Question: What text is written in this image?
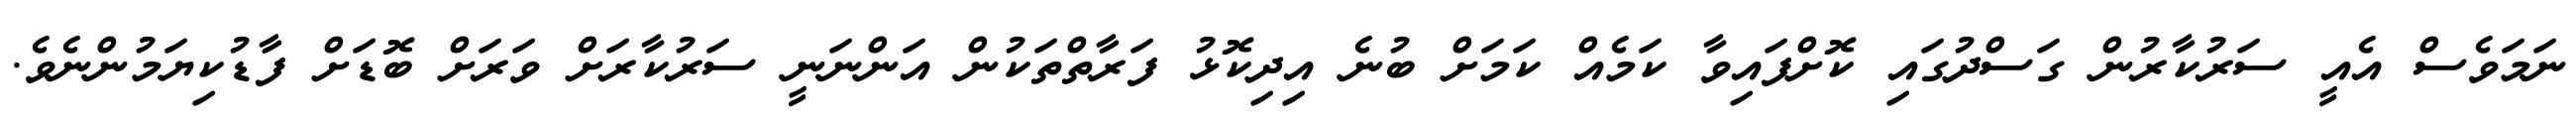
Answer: ނަމަވެސް އެއީ ސަރުކާރުން ގަސްދުގައި ކޮށްފައިވާ ކަމެއް ކަމަށް ބުނެ އިދިކޮޅު ފަރާތްތަކުން އަންނަނީ ސަރުކާރަށް ވަރަށް ބޮޑަށް ފާޑުކިޔަމުންނެވެ.